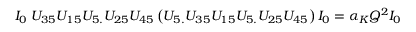
I _ { 0 } \; U _ { 3 5 } U _ { 1 5 } U _ { 5 . } U _ { 2 5 } U _ { 4 5 } \left( U _ { 5 . } U _ { 3 5 } U _ { 1 5 } U _ { 5 . } U _ { 2 5 } U _ { 4 5 } \right) I _ { 0 } = \alpha _ { K } Q ^ { 2 } I _ { 0 }